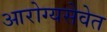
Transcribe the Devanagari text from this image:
आरोग्यसेवेत